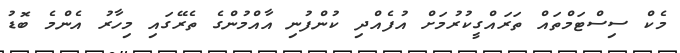
މެކް ސިސްޓަމްތައް ތަރައްގީކުރުމަށް އުފެއްދި ކުންފުނި އާއްމުންގެ ތެރޭގައި މިހާރު އެންމެ ބޮޑު